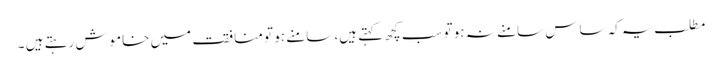
مطلب یہ کہ ساس سامنے نہ ہو تو سب کچھ کہتے ہیں، سامنے ہو تو منافقت میں خاموش رہتے ہیں ۔